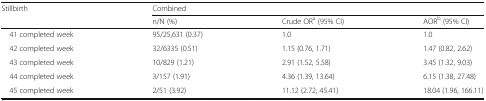
| <ROWSPAN=2> Stillbirth | <COLSPAN=3> Combined |
 | n/N (%) | Crude ORa (95% CI) | AORb (95% CI) |
 | --- | --- | --- | --- |
 | 41 completed week | 95/25,631 (0.37) | 1.0 | 1.0 |
 | 42 completed week | 32/6335 (0.51) | 1.15 (0.76, 1.71) | 1.47 (0.82, 2.62) |
 | 43 completed week | 10/829 (1.21) | 2.91 (1.52, 5.58) | 3.45 (1.32, 9.03) |
 | 44 completed week | 3/157 (1.91) | 4.36 (1.39, 13.64) | 6.15 (1.38, 27.48) |
 | 45 completed week | 2/51 (3.92) | 11.12 (2.72, 45.41) | 18.04 (1.96, 166.11) |